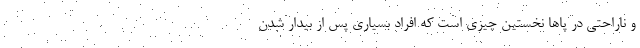
و ناراحتی در پاها نخستین چیزی است که افراد بسیاری پس از بیدار شدن